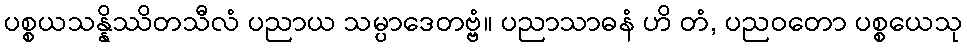
ပစ္စယသန္နိဿိတသီလံ ပညာယ သမ္ပာဒေတဗ္ဗံ။ ပညာသာဓနံ ဟိ တံ, ပညဝတော ပစ္စယေသု